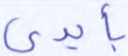
بأيدي